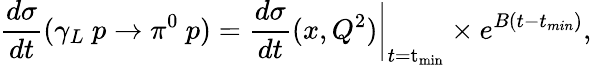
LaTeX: \frac{d\sigma}{dt}(\gamma_{L}~p\rightarrow\pi^{0}~p)=\frac{d\sigma}{dt}(x,Q^{2})\bigg|_{t=\mathrm{t_{min}}}\times e^{B(t-t_{min})},